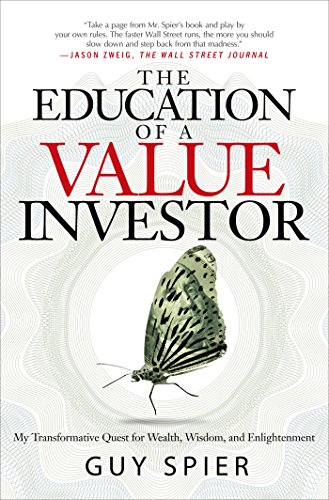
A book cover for The Education of a Value Investor: My Transformative Quest for Wealth, Wisdom, and Enlightenment; Guy Spier; Business & Money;